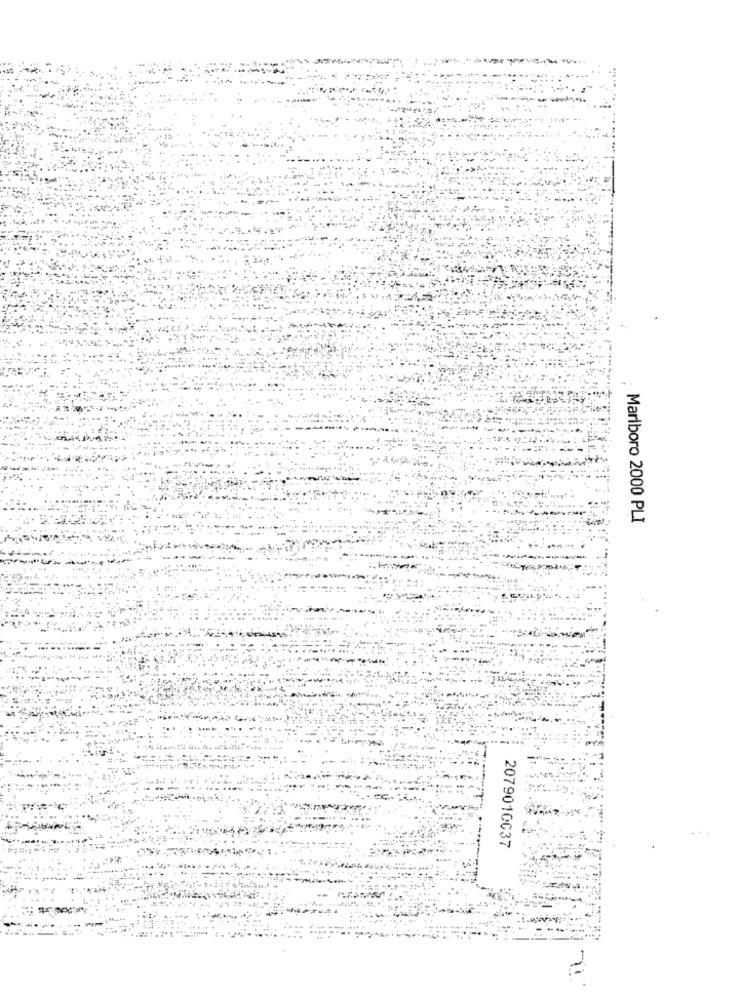
Marlboro 2000 PLI
2079010037